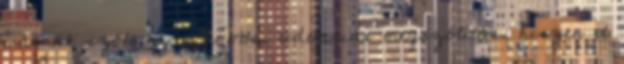
másnak szólt ez a hővös, udvarias megszólítás, hiszen ıt